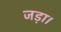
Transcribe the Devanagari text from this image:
जड़ा।